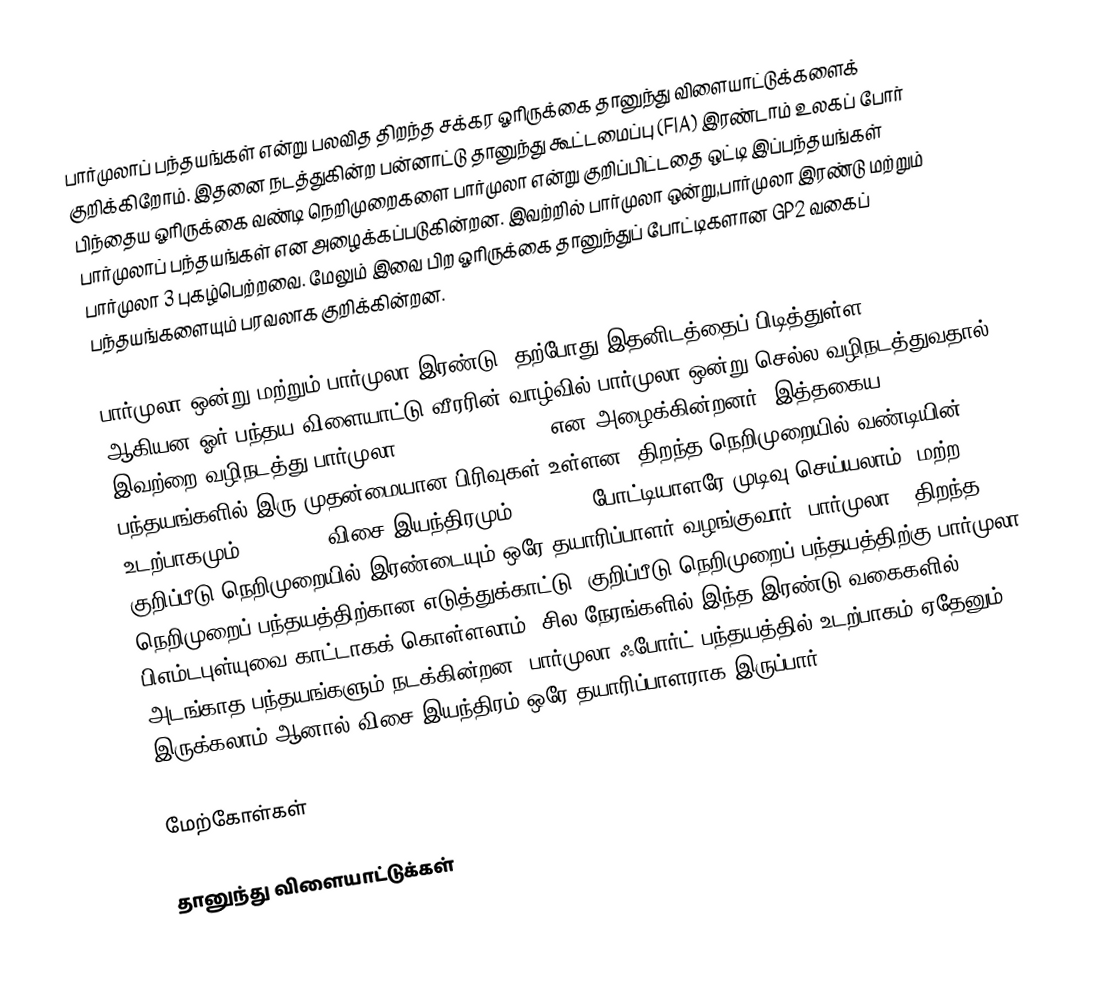
பார்முலாப் பந்தயங்கள் என்று பலவித திறந்த சக்கர ஓரிருக்கை தானுந்து விளையாட்டுக்களைக் குறிக்கிறோம். இதனை நடத்துகின்ற பன்னாட்டு தானுந்து கூட்டமைப்பு (FIA) இரண்டாம் உலகப் போர் பிந்தைய ஓரிருக்கை வண்டி நெறிமுறைகளை பார்முலா என்று குறிப்பிட்டதை ஒட்டி இப்பந்தயங்கள் பார்முலாப் பந்தயங்கள் என அழைக்கப்படுகின்றன. இவற்றில் பார்முலா ஒன்று,பார்முலா இரண்டு மற்றும் பார்முலா 3 புகழ்பெற்றவை. மேலும் இவை பிற ஓரிருக்கை தானுந்துப் போட்டிகளான GP2 வகைப் பந்தயங்களையும் பரவலாக குறிக்கின்றன.

பார்முலா ஒன்று மற்றும் பார்முலா இரண்டு (தற்போது இதனிடத்தைப் பிடித்துள்ள GP2) ஆகியன ஓர் பந்தய விளையாட்டு வீரரின் வாழ்வில் பார்முலா ஒன்று செல்ல வழிநடத்துவதால் இவற்றை வழிநடத்து பார்முலா (feeder formulae) என அழைக்கின்றனர். இத்தகைய பந்தயங்களில் இரு முதன்மையான பிரிவுகள் உள்ளன: திறந்த நெறிமுறையில் வண்டியின் உடற்பாகமும் (chassis) விசை இயந்திரமும் (engine) போட்டியாளரே முடிவு செய்யலாம். மற்ற குறிப்பீடு நெறிமுறையில் இரண்டையும் ஒரே தயாரிப்பாளர் வழங்குவார். பார்முலா 3 திறந்த நெறிமுறைப் பந்தயத்திற்கான எடுத்துக்காட்டு. குறிப்பீடு நெறிமுறைப் பந்தயத்திற்கு பார்முலா பிஎம்டபுள்யுவை காட்டாகக் கொள்ளலாம். சில நேரங்களில் இந்த இரண்டு வகைகளில் அடங்காத பந்தயங்களும் நடக்கின்றன: பார்முலா ஃபோர்ட் பந்தயத்தில் உடற்பாகம் ஏதேனும் இருக்கலாம் ஆனால் விசை இயந்திரம் ஒரே தயாரிப்பாளராக இருப்பார்.

மேற்கோள்கள்

தானுந்து விளையாட்டுக்கள்